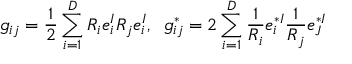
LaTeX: g _ { i j } = \frac { 1 } { 2 } \sum _ { i = 1 } ^ { D } R _ { i } e _ { i } ^ { I } R _ { j } e _ { i } ^ { I } , \; \; g _ { i j } ^ { * } = 2 \sum _ { i = 1 } ^ { D } \frac { 1 } { R _ { i } } e _ { i } ^ { * I } \frac { 1 } { R _ { j } } e _ { J } ^ { * I }